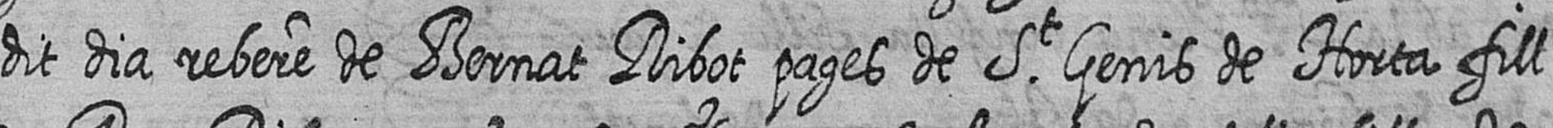
dit dia rebere de Bernat Ribot pages de St Genis de Horta fill